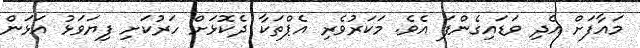
މައާފަށް އެދި ވަޑައިގެންފަ އެވެ. މަކަރުވެރި އެޕްތަކާ ދެކޮޅަށް ހަރުކަށި ފިޔަވަޅު އަޅަން